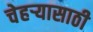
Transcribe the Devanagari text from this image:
चेहर्‍यासाठी